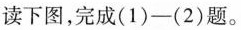
读下图，完成(1)—(2)题。